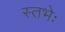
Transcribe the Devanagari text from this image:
स्तभेः